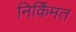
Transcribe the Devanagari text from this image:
निर्किंमत